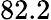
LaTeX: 82.2